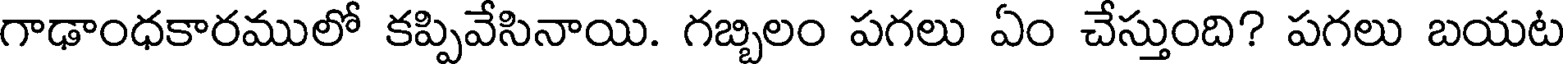
గాఢాంధకారములో కప్పివేసినాయి. గబ్బిలం పగలు ఏం చేస్తుంది? పగలు బయట